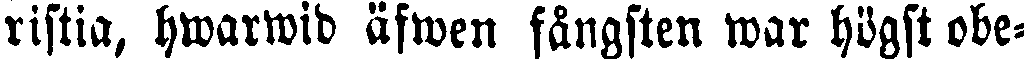
ristia, hwarwid äfwen fångsten war högst obe-